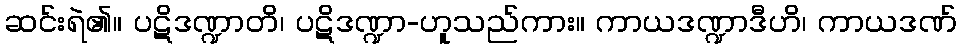
ဆင်းရဲ၏။ ပဋိဒဏ္ဍာတိ၊ ပဋိဒဏ္ဍာ-ဟူသည်ကား။ ကာယဒဏ္ဍာဒီဟိ၊ ကာယဒဏ်